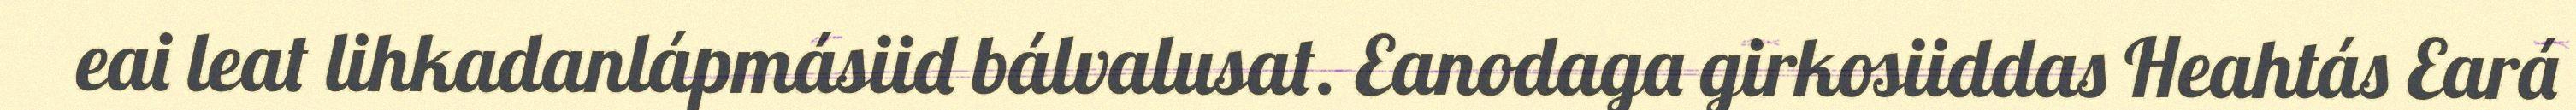
eai leat lihkadanlápmásiid bálvalusat. Eanodaga girkosiiddas Heahtás Eará